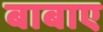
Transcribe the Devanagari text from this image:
बाबाए